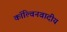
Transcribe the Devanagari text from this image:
कॉल्विनवादीय